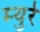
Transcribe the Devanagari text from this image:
म्‍युरे